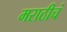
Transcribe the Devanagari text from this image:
मराठीचं